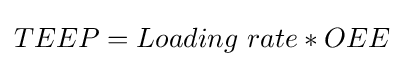
TEEP=Loading\ rate*OEE\